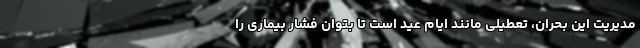
مدیریت این بحران، تعطیلی مانند ایام عید است تا بتوان فشار بیماری را